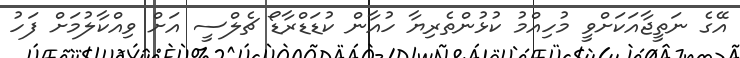
އޭގެ ނަތީޖާއަކަށްވީ މުހިއްމު ކުޅުންތެރިޔާ ހުއާން ކުޑަޑްރާޑޯ ޗެލްސީ އަށް ވިއްކާލުމަށް ފަހު